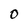
Character: 0